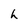
Character: h